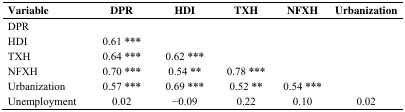
<table><thead><tr><td><b>Variable </b></td><td><b>DPR</b></td><td><b>HDI</b></td><td><b>TXH</b></td><td><b>NFXH</b></td><td><b>Urbanization</b></td></tr></thead><tbody><tr><td>DPR</td><td></td><td></td><td></td><td></td><td></td></tr><tr><td>HDI</td><td>0.61 ***</td><td></td><td></td><td></td><td></td></tr><tr><td>TXH</td><td>0.64 ***</td><td>0.62 ***</td><td></td><td></td><td></td></tr><tr><td>NFXH</td><td>0.70 ***</td><td>0.54 **</td><td>0.78 ***</td><td></td><td></td></tr><tr><td>Urbanization</td><td>0.57 ***</td><td>0.69 ***</td><td>0.52 **</td><td>0.54 ***</td><td></td></tr><tr><td>Unemployment </td><td>0.02</td><td>−0.09</td><td>0.22</td><td>0.10</td><td>0.02</td></tr></tbody></table>